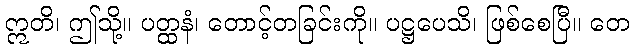
ဣတိ၊ ဤသို့။ ပတ္ထနံ၊ တောင့်တခြင်းကို။ ပဋ္ဌပေသိ၊ ဖြစ်စေပြီ။ တေ